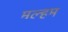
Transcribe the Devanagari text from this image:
मल्हम